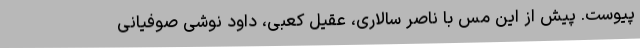
پیوست. پیش از این مس با ناصر سالاری، عقیل کعبی، داود نوشی صوفیانی